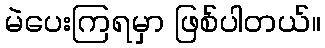
မဲပေးကြရမှာ ဖြစ်ပါတယ်။